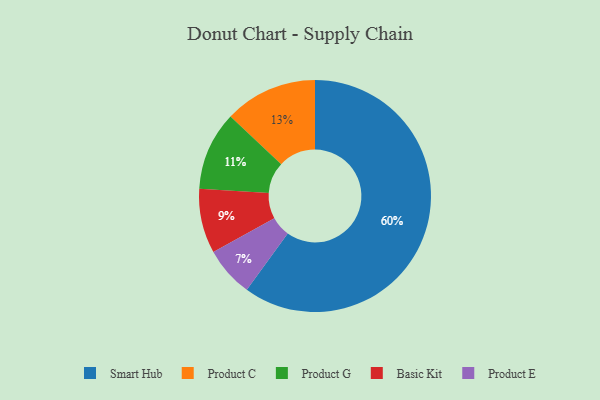
{"axis": {"x": "Category", "y": "Percentage"}, "legend": ["Basic Kit", "Product C", "Product E", "Product G", "Smart Hub"], "data": [{"x": "Basic Kit", "y": 9, "type": "Basic Kit"}, {"x": "Product C", "y": 13, "type": "Product C"}, {"x": "Product G", "y": 11, "type": "Product G"}, {"x": "Smart Hub", "y": 60, "type": "Smart Hub"}, {"x": "Product E", "y": 7, "type": "Product E"}]}